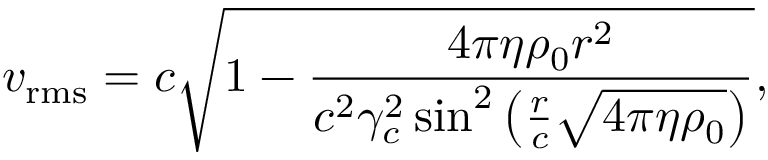
v _ { \mathrm { r m s } } = c { \sqrt { 1 - { \frac { 4 \pi \eta \rho _ { 0 } r ^ { 2 } } { c ^ { 2 } \gamma _ { c } ^ { 2 } \sin ^ { 2 } { \left( { \frac { r } { c } } { \sqrt { 4 \pi \eta \rho _ { 0 } } } \right) } } } } } ,